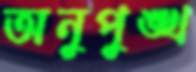
অনুপুঙ্খ